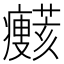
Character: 𤼞